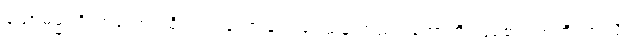
သောဓမ္မပရိယာယော၊ ထိုတရားဟောခြင်း ဒေသနာသည်။ ဟောတိ၊ ဖြစ်၏။ ဣတိ၊ ဤသို့။